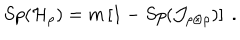
S p ( { \cal H } _ { \rho } ) = m \left[ 1 - S p ( { \cal J } _ { \rho \otimes \rho } ) \right] \ .